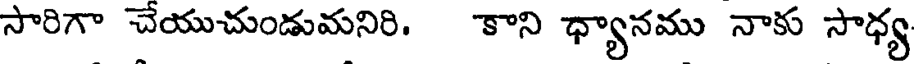
సారిగా చేయుచుండుమనిరి. కాని ధ్యానము నాకు సాధ్య